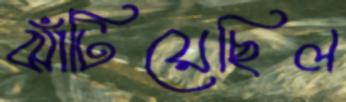
ঝাঁটিয়েছিল